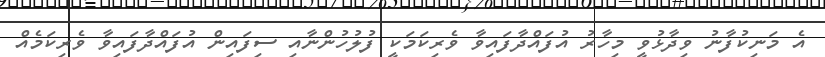
އެ މަނިކުފާނު ވިދާޅުވީ މިހާރު އުފައްދާފައިވާ ވެރިކަމަކީ ފުލުހުންނާއި ސިފައިން އުފައްދާފައިވާ ވެރިކަމެއް